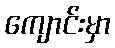
ကျောင်းမှာ